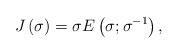
LaTeX: \begin{align*}J\left( \sigma\right) =\sigma E\left( {\sigma;\sigma^{-1}}\right) ,\end{align*}